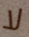
لا